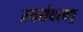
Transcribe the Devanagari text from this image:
स्वयंवरवधू